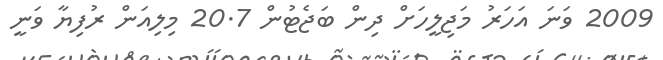
2009 ވަނަ އަހަރު މަޖިލީހަށް ދިން ބަޖެޓުން 20.7 މިލިއަން ރުފިޔާ ވަނީ